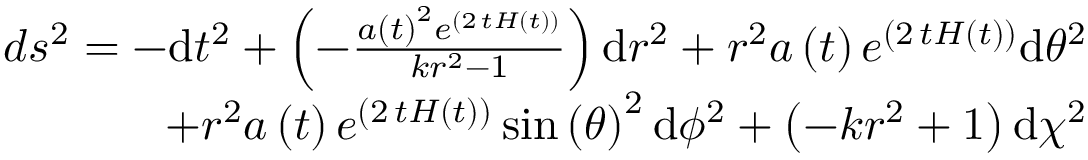
\begin{array} { r } { d s ^ { 2 } = - \mathrm { d } t ^ { 2 } + \left( - \frac { a \left( t \right) ^ { 2 } e ^ { \left( 2 \, t H \left( t \right) \right) } } { k r ^ { 2 } - 1 } \right) \mathrm { d } r ^ { 2 } + r ^ { 2 } a \left( t \right) e ^ { \left( 2 \, t H \left( t \right) \right) } \mathrm { d } { \theta } ^ { 2 } } \\ { + r ^ { 2 } a \left( t \right) e ^ { \left( 2 \, t H \left( t \right) \right) } \sin \left( { \theta } \right) ^ { 2 } \mathrm { d } { \phi } ^ { 2 } + \left( - k r ^ { 2 } + 1 \right) \mathrm { d } { \chi } ^ { 2 } } \end{array}